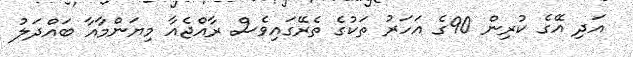
އަދި އޭގެ ކުރިން 90ގެ އަހަރު ތަކުގެ ތެރޭގައިވެސް ރާއްޖެއާ މިޔަންމާއާ ބައްދަލު